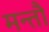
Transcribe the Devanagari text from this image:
मन्तौ